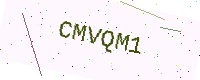
Text: CMVQM1